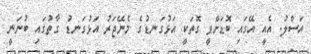
އަސްލު. އެއީ އޭގައި ބޮޑަށްވީ ގޮތަކީ އަޅުގަނޑުގެ މެނޭޖަރު އަޅުގަނޑު ގާތުގައި ބުނަނީ